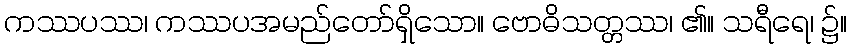
ကဿပဿ၊ ကဿပအမည်တော်ရှိသော။ ဗောဓိသတ္တဿ၊ ၏။ သရီရေ၊ ၌။